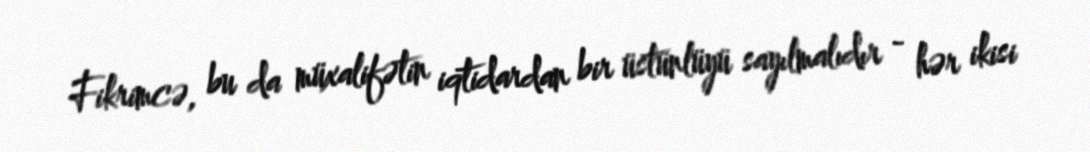
Fikrimcə, bu da müxalifətin iqtidardan bir üstünlüyü sayılmalıdır - hər ikisi